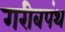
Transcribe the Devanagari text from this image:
गरीबपंथ